Indian journal of veterinary science and animal husbandry - Volumes 15-17, 1948-1951
Year: 1948
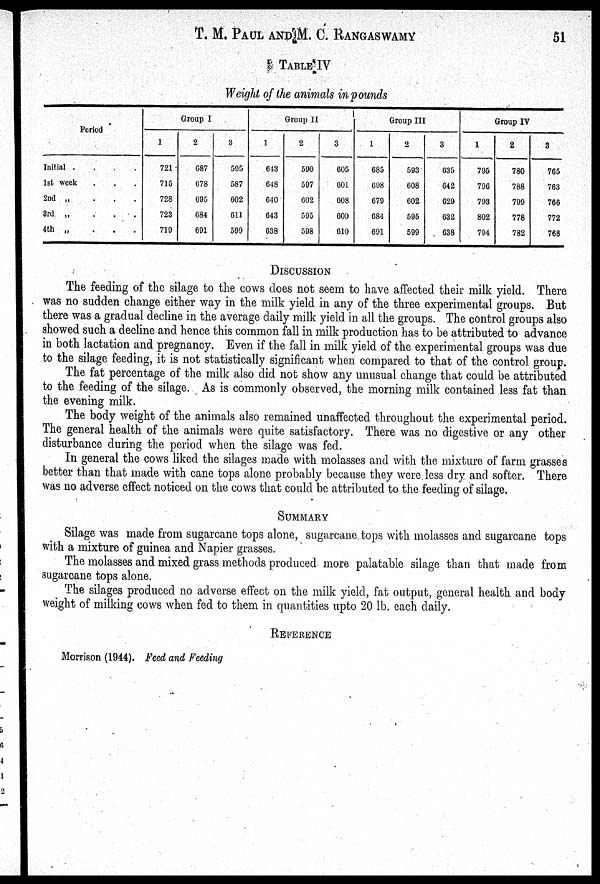
T. M. PAUL AND M. C. RANGASWAMY 51
TABLE IV
Weight of the animals in pounds
Initial .
.
.
.
1st week
2nd „
.
.
.
3rd „
.
.
.
4th „
Group I
1
721
715
728
723
719
2
687
678
695
684
691
3
595
587
602
611
599
Group II
1
643
648
640
643
638
2
590
597
602
595
598
3
605
601
608
600
610
Group III
1
685
098
679
684
691
2
593
608
602
595
599
3
635
642
629
632
638
Group IV
1
795
796
793
802
794
2
780
788
799
778
782
3
765
763
766
772
768
DISCUSSION
The feeding of the silage to the cows does not seem to have affected their milk yield. There
was no sudden change either way in the milk yield in any of the three experimental groups. But
there was a gradual decline in the average daily milk yield in all the groups. The control groups also
showed such a decline and hence this common fall in milk production has to be attributed to advance
in both lactation and pregnancy. Even if the fall in milk yield of the experimental groups was due
to the silage feeding, it is not statistically significant when compared to that of the control group.
The fat percentage of the milk also did not show any unusual change that could be attributed
to the feeding of the silage. As is commonly observed, the morning milk contained less fat than
the evening milk.
The body weight of the animals also remained unaffected throughout the experimental period.
The general health of the animals were quite satisfactory. There was no digestive or any other
disturbance during the period when the silage was fed.
In general the cows liked the silages made with molasses and with the mixture of farm grasses
better than that made with cane tops alone probably because they were less dry and softer. There
was no adverse effect noticed on the cows that could be attributed to the feeding of silage.
SUMMARY
Silage was made from sugarcane tops alone, sugarcane tops with molasses and sugarcane tops
with a mixture of guinea and Napier grasses.
The molasses and mixed grass methods produced more palatable silage than that made from
sugarcane tops alone.
The silages produced no adverse effect on the milk yield, fat output, general health and body
weight of milking cows when fed to them in quantities upto 20 lb. each daily.
REFERENCE
Morrison (1944). Feed and Feeding